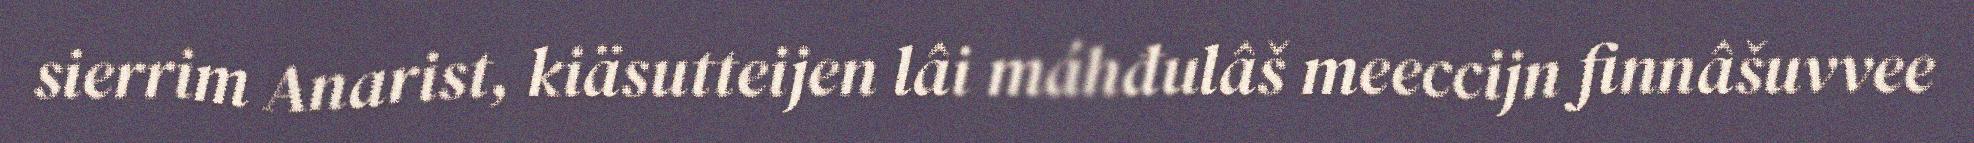
sierrim Anarist, kiäsutteijen lâi máhđulâš meeccijn finnâšuvvee